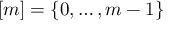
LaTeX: [ m ] = \{ 0 , \dots , m - 1 \}